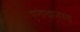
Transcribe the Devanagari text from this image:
एतावानस्य